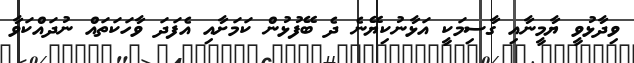
ވިދާޅުވީ ޔާމީނާއި ގާސިމަކީ އަޅާނުކިޔޭނެ ދެ ބޭފުޅުން ކަމަށާއި އެފަދަ ވާހަކަތައް ނުދައްކަވާ